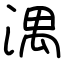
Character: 湡